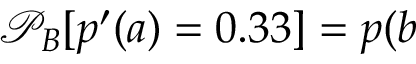
\mathcal { P } _ { B } [ p ^ { \prime } ( a ) = 0 . 3 3 ] = p ( b